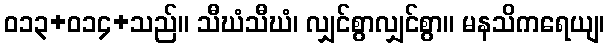
ဝ၁၃+၀၁၄+သည်။ သီဃံသီဃံ၊ လျှင်စွာလျှင်စွာ။ မနသိကရေယျ၊